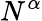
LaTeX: N^{\alpha}